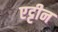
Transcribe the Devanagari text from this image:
एट्टीन